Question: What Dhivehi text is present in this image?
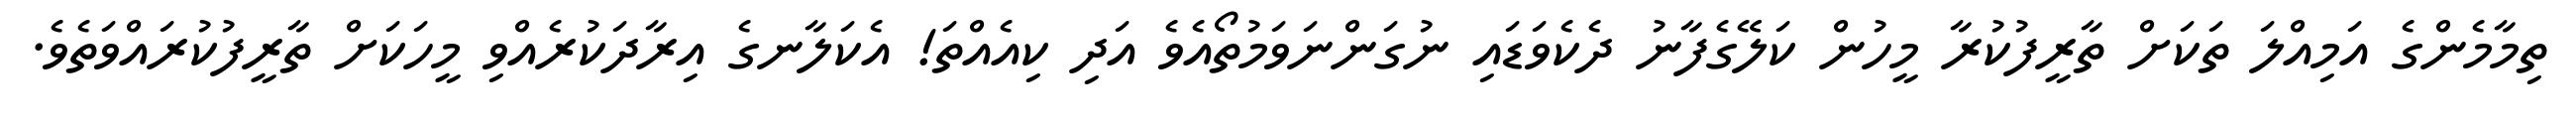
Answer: ތިމާމެންގެ އަމިއްލަ ތަކަށް ތާރީފުކުރާ މީހުން ކަލޭގެފާނު ދެކެވަޑައި ނުގަންނަވަމުތޯއެވެ އަދި ކިއެއްތަ! އެކަލާނގެ އިރާދަކުރެއްވި މީހަކަށް ތާރީފުކުރައްވަތެވެ.